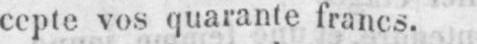
cepte vos quarante francs.